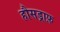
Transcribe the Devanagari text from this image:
हौसड्राफ़